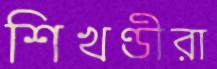
শিখণ্ডীরা